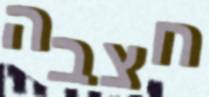
חצבה